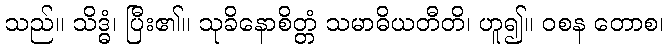
သည်။ သိဒ္ဓံ၊ ပြီး၏။ သုခိနောစိတ္တံ သမာဓိယတီတိ၊ ဟူ၍။ ဝစန တောစ၊